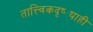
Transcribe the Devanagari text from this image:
तात्त्विकदृष्ट्याही